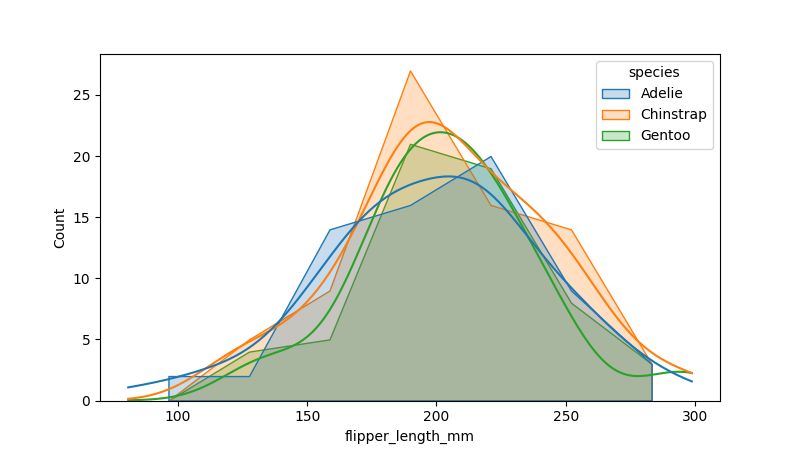
python, seaborn, histplot, hue='species', binwidth=30, bins='10', element='poly'